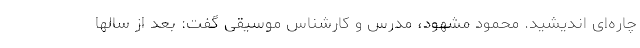
چاره‌ای اندیشید. محمود مشهود، مدرس و کارشناس موسیقی گفت: بعد از سالها